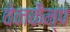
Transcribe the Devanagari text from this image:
वेनकैम्प